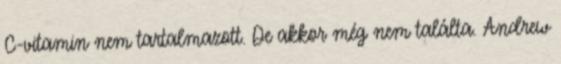
C-vitamin nem tartalmazott. De akkor még nem találta. Andrew